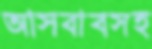
আসবাবসহ